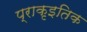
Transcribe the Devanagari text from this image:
प्राकृइतिक